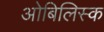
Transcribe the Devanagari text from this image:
ओबिलिस्क